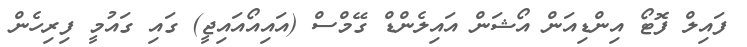
ފައިލް ފޮޓޯ އިންޑިއަން އޯޝަން އައިލެންޑް ގޭމްސް (އައިއޯއައިޖީ) ގައި ގައުމީ ފިރިހެން